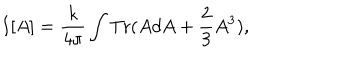
LaTeX: I [ A ] = \frac { k } { 4 \pi } \int \mathrm { T r } ( A d A + \frac { 2 } { 3 } A ^ { 3 } ) ,